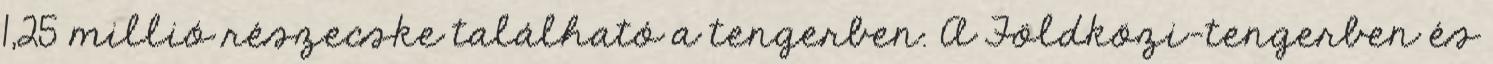
1,25 millió részecske található a tengerben. A Földközi-tengerben és